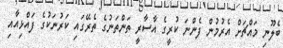
ބެލޫނި މައްޗަށް އެރުމުން ފެންނަ ކުރީގެ އާސާރީ ތަންތަނުގެ ތެރޭގައި ކަރުނަކުގެ ފައްޅިއާއި